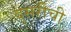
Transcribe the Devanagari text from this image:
दुसरीची